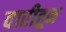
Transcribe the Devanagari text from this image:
वारीहून